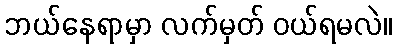
ဘယ်နေရာမှာ လက်မှတ် ဝယ်ရမလဲ။